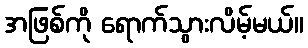
အဖြစ်ကို ရောက်သွားလိမ့်မယ်။